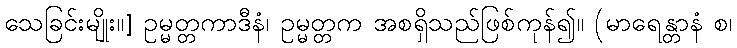
သေခြင်းမျိုး။] ဥမ္မတ္တကာဒီနံ၊ ဥမ္မတ္တက အစရှိသည်ဖြစ်ကုန်၍။ (မာရေန္တာနံ စ၊